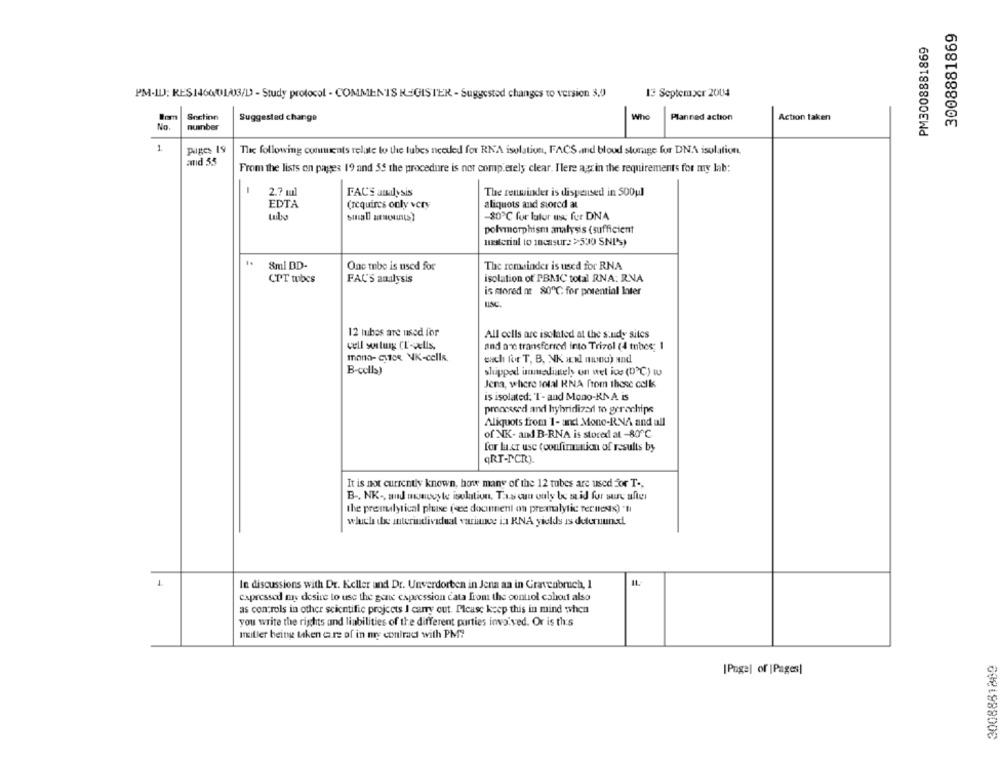
3008881869
PM3008881869
13 September 2004
PM-ILJ; RES1460013/D - Study protocol - COMMENTS REGISTER - Suggested changes to version 3,0
Snctinn
Who
Suggested change
Planned action
Action taken
No.
number
1
puges 19
The following comments relate to the tubes needed for RNA isolation, FACS .md bloud storage for DNA isolation.
and 5.5
From the lists on pages 19 and 35 the procedure is not comp.erely clear. I'lere agrin the requirements for my lab:
-
1
2 .? ml
FACS analysis
The renminder is dispensed in 500ul
EDTA
(requires only very
aliquots and stored at
-80℃ fur lator use fur DNA
polymorphism analysis ( sufficient
material to mac sur: >500 SNIS)
8ml DD-
One tube is used for
The remainder is used for RNA
CPT tubes
FAC'S analysis
isolation of PBMC total RNA: RNA
is stored nt 80℃; for potential Inter
12 huibes ate used for
All cells are isolated at the study sites
well sortung (T-cells.
and are transferred into Trivel (4 tubes;
mono- CHOR NK-cells.
euch for T, B, NK awl munu) and
B-cells)
shipped immediately on uel ics (D'℃) w
Jena, where total RNA from those cells
is isolated: T- and Mono-KNA is
procceed and hybridized to gerachips
Aliquots from 1- and Mono-RNA and all
of NK- and B-RNA is stored at -80℃
for Likr use (confirmation of results by
qRT-PCR).
It is not currently known, how many of the 12 tubes are used for T -,
B -. NK -, and wwwocyte isolation. Taas cun only be ma id for sure after
the premulyrical pluse (ee dounnenl on preanalytic Ternesax) "ni
which the interindividual variance in RNA yields is deternundd.
In discussions with Dr. Keller and Dr. Unverdorben in Jena aa in Gravenbruch, 1
expressod mas desire to use the gene expression cata from the control cohort also
as controls in other scientific projects I carry out. Please keep this in mind when
you write the rights and liabilities of the different parties involved. Or is th:s
miller being taken care of in nye contract with PM?
2008881889
[Page] of |Pages|